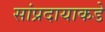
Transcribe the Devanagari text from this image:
सांप्रदायाकडे